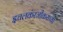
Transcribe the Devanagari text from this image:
इचलकंरजीकरांच्या